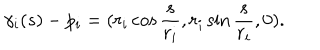
\gamma _ { i } ( s ) - p _ { i } = ( r _ { i } \cos { \frac { s } { r _ { i } } } , r _ { i } \sin { \frac { s } { r _ { i } } } , 0 ) .